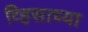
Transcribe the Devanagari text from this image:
व्हिसाच्या